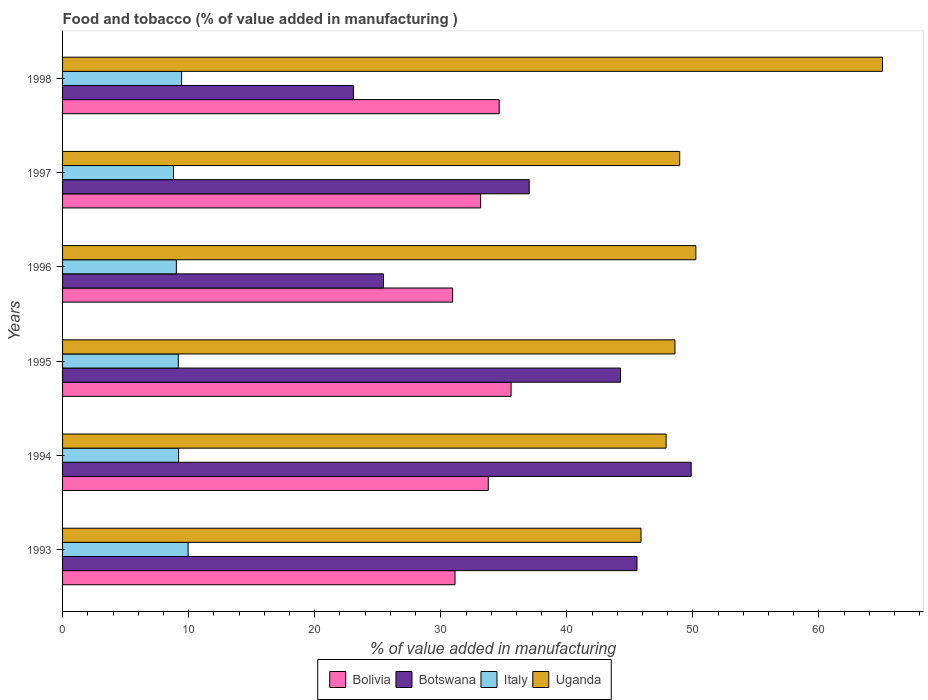
| Years | Bolivia | Botswana | Italy | Uganda |
 | --- | --- | --- | --- | --- |
 | 1993 | 31.1 | 45.6 | 9.96 | 45.9 |
 | 1994 | 33.8 | 49.9 | 9.21 | 47.9 |
 | 1995 | 35.6 | 44.3 | 9.18 | 48.6 |
 | 1996 | 30.9 | 25.5 | 9.03 | 50.2 |
 | 1997 | 33.2 | 37 | 8.8 | 49 |
 | 1998 | 34.6 | 23.1 | 9.44 | 65 |